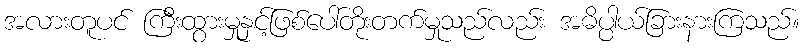
အလားတူပင် ကြီးထွားမှုနှင့်ဖြစ်ပေါ်တိုးတက်မှုသည်လည်း အဓိပ္ပါယ်ခြားနားကြသည်။